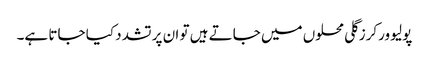
پولیو ورکرز گلی محلوں میں جاتے ہیں تو ان پر تشدد کیا جاتا ہے۔